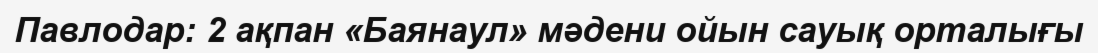
Павлодар: 2 ақпан «Баянаул» мәдени ойын сауық орталығы